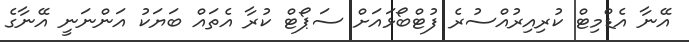
އޭނާ އެޑްމިޓް ކުރިއިރުއްސުރެ ފުޓްބޯޅައަށް ސަޕޯޓް ކުރާ އެތައް ބަޔަކު އަންނަނީ އޭނާގެ